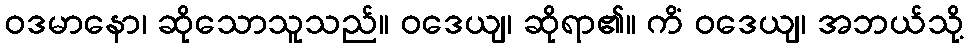
ဝဒမာနော၊ ဆိုသောသူသည်။ ဝဒေယျ၊ ဆိုရာ၏။ ကိံ ဝဒေယျ၊ အဘယ်သို့